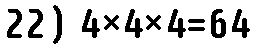
22) 4×4×4=64